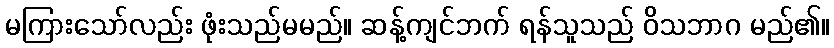
မကြားသော်လည်း ဖုံးသည်မမည်။ ဆန့်ကျင်ဘက် ရန်သူသည် ဝိသဘာဂ မည်၏။